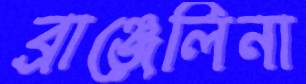
ব্রাঞ্জেলিনা